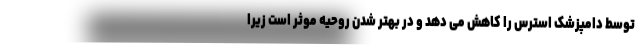
توسط دامپزشک استرس را کاهش می دهد و در بهتر شدن روحیه موثر است زیرا